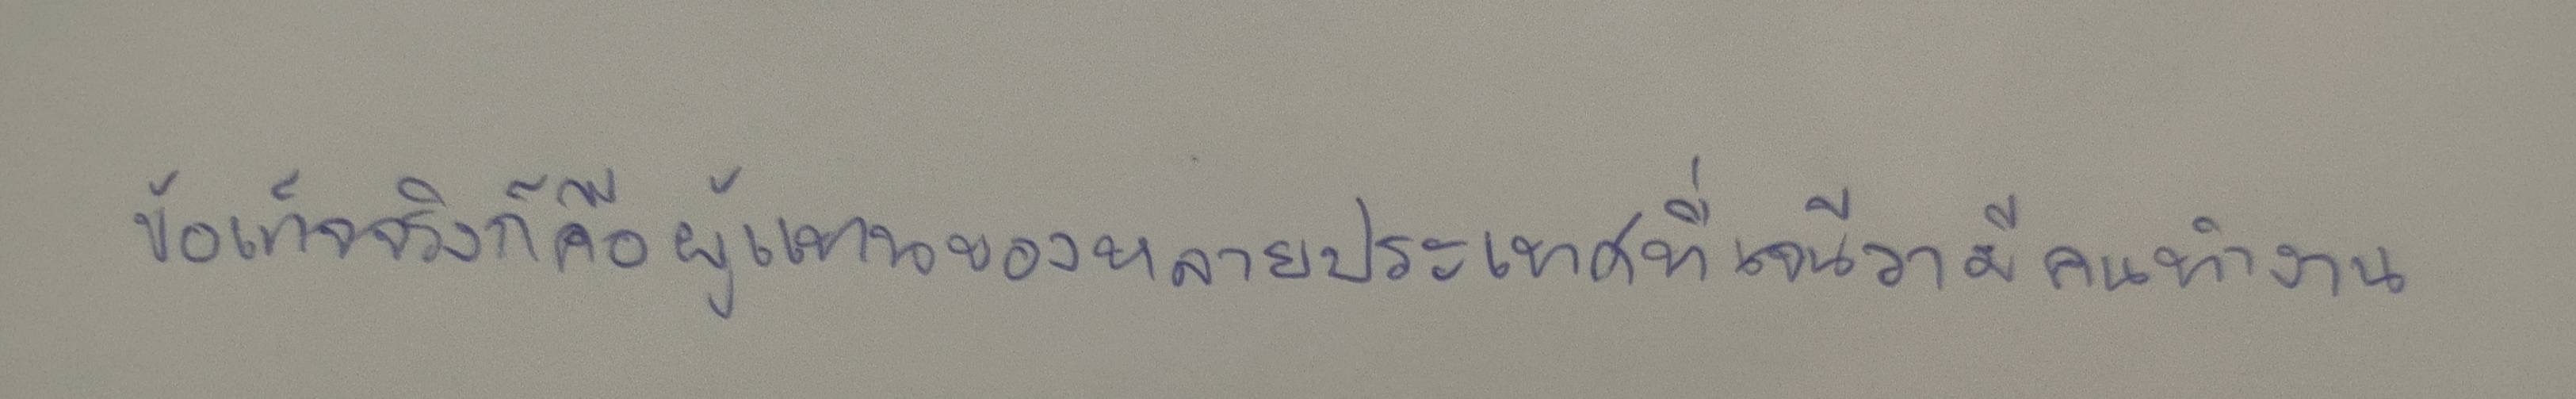
ข้อเท็จจริงก็คือผู้แทนของหลายประเทศที่เจนีวามีคนทำงาน